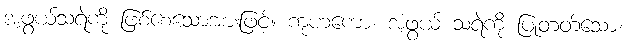
အံ့ဖွယ်သရဲကို ဖြစ်စေသောအားဖြင့်။ ကုဟကော၊ အံ့ဖွယ် သရဲကို ပြုတတ်သော။